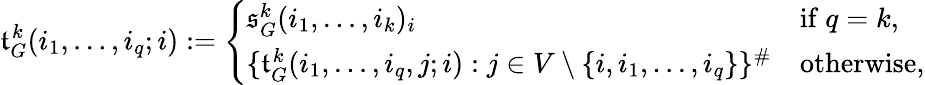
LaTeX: \mathfrak{t}_{G}^{k}(i_{1},\dots,i_{q};i):=\left\{ \begin{array}{ll}{\mathfrak{s}_{G}^{k}(i_{1},\dots,i_{k})_{i}}&{\mathrm{if~}q=k,}\\ {\{ \mathfrak{t}_{G}^{k}(i_{1},\dots,i_{q},j;i):j\in V\setminus\{ i,i_{1},\dots,i_{q}\} \} ^{\# }}&{\mathrm{otherwise,}}\end{array}\right.